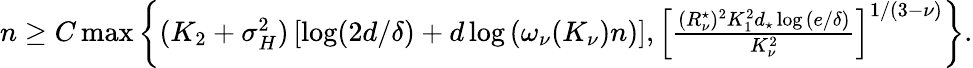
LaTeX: \begin{array}{r}{n\ge C\operatorname*{max}\left\{ (K_{2}+\sigma_{H}^{2})\left[\log(2d/\delta)+d\log{(\omega_{\nu}(K_{\nu})n)}\right],\left[\frac{(R_{\nu}^{\star})^{2}K_{1}^{2}d_{\star}\log{(e/\delta)}}{K_{\nu}^{2}}\right]^{1/(3-\nu)}\right\} .}\end{array}